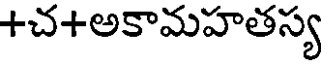
+చ+అకామహతస్య